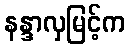
နန္ဒာလှမြင့်က